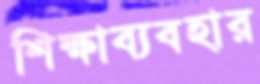
শিক্ষাব্যবহার